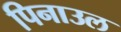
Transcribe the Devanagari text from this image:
पिनाउल